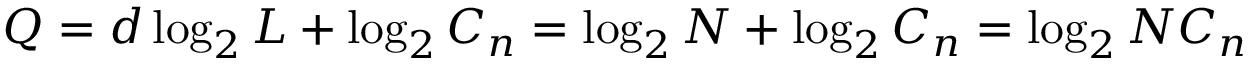
Q = d \log _ { 2 } { L } + \log _ { 2 } { C _ { n } } = \log _ { 2 } { N } + \log _ { 2 } { C _ { n } } = \log _ { 2 } { N C _ { n } }